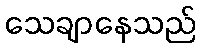
သေချာနေသည်